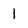
Character: l